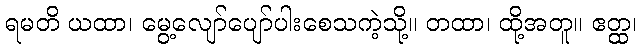
ရမတိ ယထာ၊ မွေ့လျော်ပျော်ပါးစေသကဲ့သို့။ တထာ၊ ထို့အတူ။ ဧတ္ထ၊